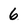
Character: 6